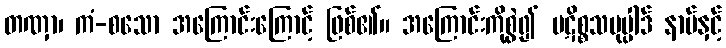
တဏှာ၊ ကံ-စသော အကြောင်းကြောင့် ဖြစ်၏။ အကြောင်းကိုစွဲ၍ ပဋိစ္စသမုပ္ပါဒ် နာမ်နှင့်